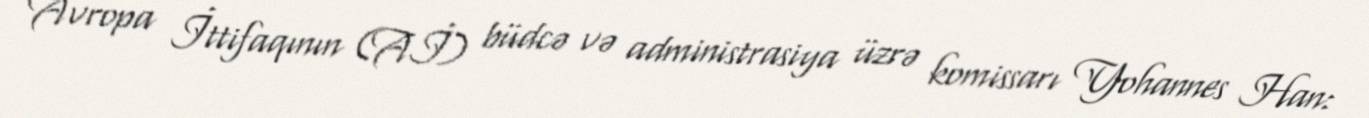
Avropa İttifaqının (Aİ) büdcə və administrasiya üzrə komissarı Yohannes Han: